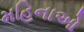
મહિનાઓ